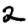
Digit: 2